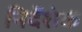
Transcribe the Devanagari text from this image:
निर्देशंक